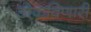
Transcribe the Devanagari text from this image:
डोकविणारी